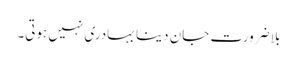
بلا ضرورت جان دینا بہادری نہیں ہوتی۔